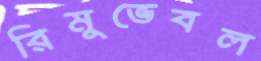
রিমুভেবল